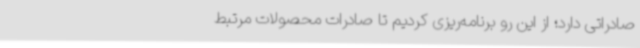
صادراتی دارد؛ از این رو برنامه‌ریزی کردیم تا صادرات محصولات مرتبط